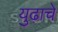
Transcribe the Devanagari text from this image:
युढ़ाचे